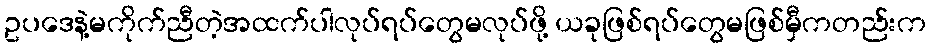
ဥပဒေနဲ့မကိုက်ညီတဲ့အထက်ပါလုပ်ရပ်တွေမလုပ်ဖို့ ယခုဖြစ်ရပ်တွေမဖြစ်မှီကတည်းက